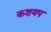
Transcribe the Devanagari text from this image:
कशयप